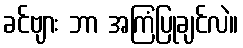
ခင်ဗျား ဘာ အကြံပြုချင်လဲ။